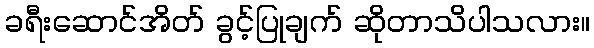
ခရီးဆောင်အိတ် ခွင့်ပြုချက် ဆိုတာသိပါသလား။